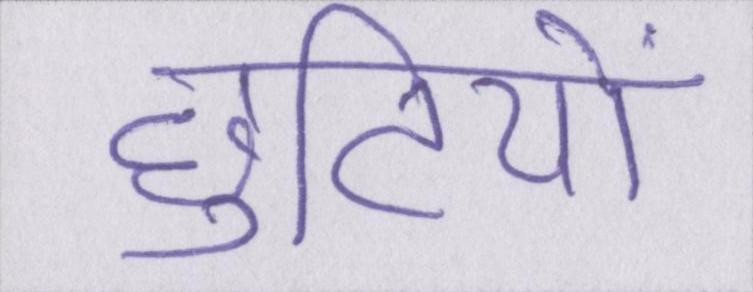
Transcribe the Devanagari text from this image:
छुटियों